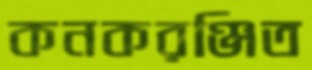
কনকরঞ্জিত